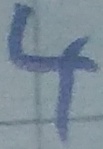
Text: 4